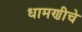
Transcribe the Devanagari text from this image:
धामणीचे